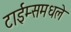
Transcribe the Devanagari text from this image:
टाईम्समधले